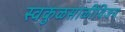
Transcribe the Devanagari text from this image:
स्वकुळसाळीविजय